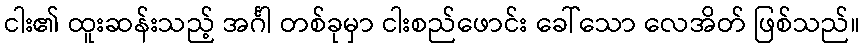
ငါး၏ ထူးဆန်းသည့် အင်္ဂါ တစ်ခုမှာ ငါးစည်ဖောင်း ခေါ်သော လေအိတ် ဖြစ်သည်။